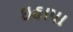
ઇહાપા